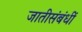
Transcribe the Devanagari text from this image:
जातीसंबंधीं